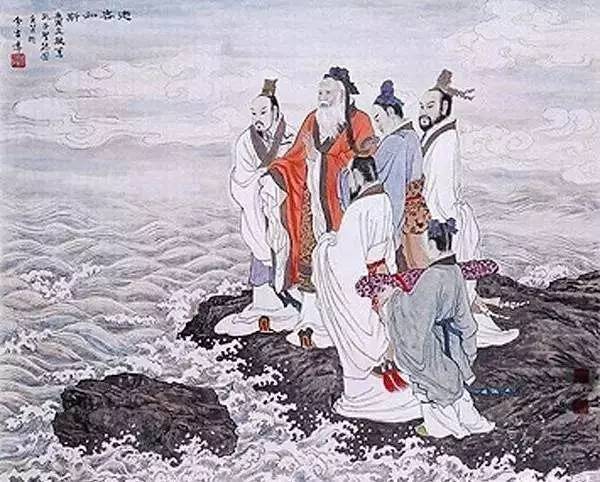
其次致曲。曲能有诚。诚则形。形则著。著则明。明则动。动则变。变则化。唯天下至诚为能化。